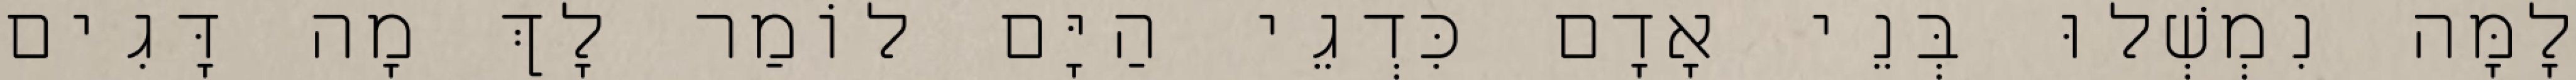
לָמָּה נִמְשְׁלוּ בְּנֵי אָדָם כִּדְגֵי הַיָּם לוֹמַר לָךְ מָה דָּגִים